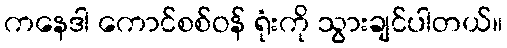
ကနေဒါ ကောင်စစ်ဝန် ရုံးကို သွားချင်ပါတယ်။